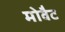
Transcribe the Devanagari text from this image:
मोवैट